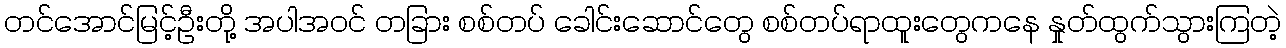
တင်အောင်မြင့်ဦးတို့ အပါအဝင် တခြား စစ်တပ် ခေါင်းဆောင်တွေ စစ်တပ်ရာထူးတွေကနေ နှုတ်ထွက်သွားကြတဲ့